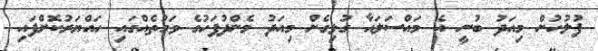
ފުލުހުން މިއަދު ބުނީ އެ މައްސަލައާ ގުޅިގެން މިއަދު މެންދުފަހުގެ ވަގުތެއްގައި ހައްޔަރުކޮށްފައި